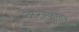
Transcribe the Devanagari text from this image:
वाटरकूलर